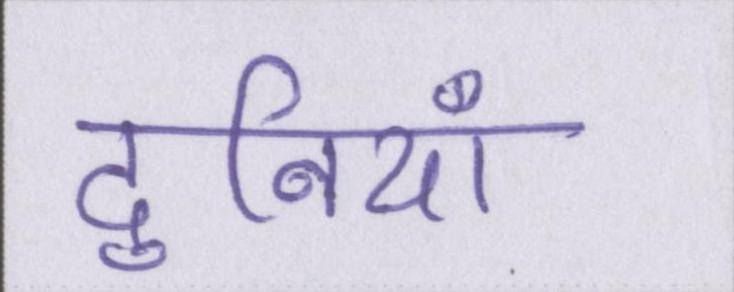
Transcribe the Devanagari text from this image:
दुनियाँ